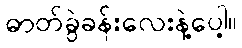
ဓာတ်ခွဲခန်းလေးနဲ့ပေါ့။